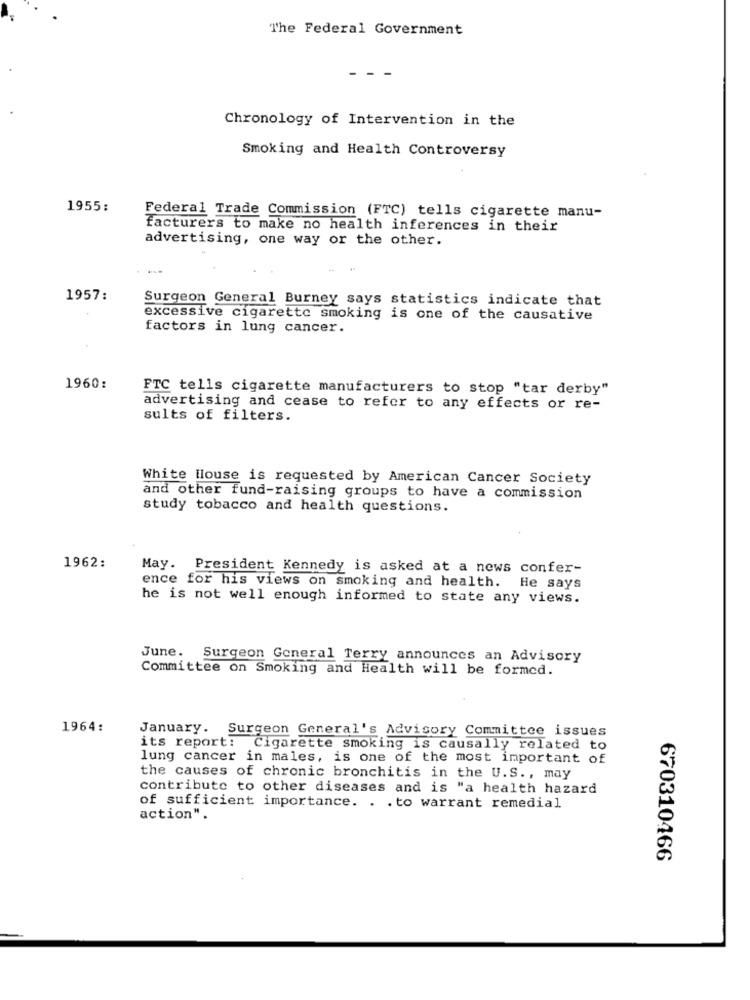
The Federal Government
- - -
Chronology of Intervention in the
Smoking and Health Controversy
1955:
Federal Trade Commission (FTC) tells cigarette manu-
facturers to make no health inferences in their
advertising, one way or the other.
1957:
Surgeon General Burney says statistics indicate that
excessive cigarette smoking is one of the causative
factors in lung cancer.
1960:
FTC tells cigarette manufacturers to stop "tar derby"
advertising and cease to refer to any effects or re-
sults of filters.
White llouse is requested by American Cancer Society
and other fund-raising groups to have a commission
study tobacco and health questions.
1962:
May. President Kennedy is asked at a news confer-
ence for his views on smoking and health. He says
he is not well enough informed to state any views.
June. Surgeon General Terry announces an Advisory
Committee on Smoking and Health will be formed.
1964:
January. Surgeon General's Advisory Committee issues
its report: Cigarette smoking is causally related to
lung cancer in males, is one of the most important of
the causes of chronic bronchitis in the U.S ., may
contribute to other diseases and is "a health hazard
of sufficient importance. . . to warrant remedial
action".
670310466